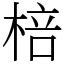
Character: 棓